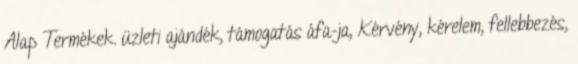
Alap Termékek. üzleti ajándék, támogatás áfa-ja, Kérvény, kérelem, fellebbezés,